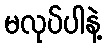
မလုပ်ပါနဲ့